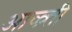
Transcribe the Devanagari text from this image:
आव्व्र्त्ती